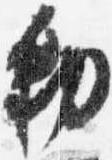
勅